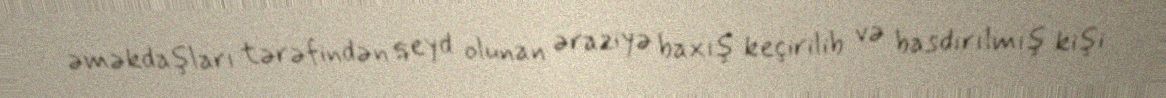
əməkdaşları tərəfindən qeyd olunan əraziyə baxış keçirilib və basdırılmış kişi